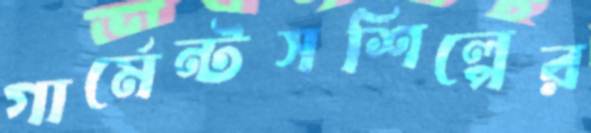
গার্মেন্টসশিল্পের